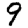
Digit: 9